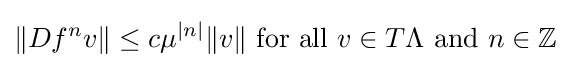
\|Df^{n}v\|\leq c\mu ^{|n|}\|v\|{\text{ for all }}v\in T\Lambda {\text{ and }}n\in \mathbb {Z}